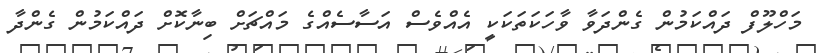
މަހްލޫފް ދައްކަމުން ގެންދަވާ ވާހަކަތަކަކީ އެއްވެސް އަސާސެއްގެ މައްޗަށް ބިނާކޮށް ދައްކަމުން ގެންދާ